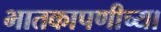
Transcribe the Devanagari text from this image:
भातकापणीच्या